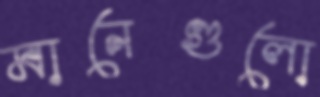
মানেগুলো